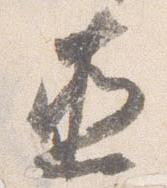
直